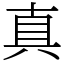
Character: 真